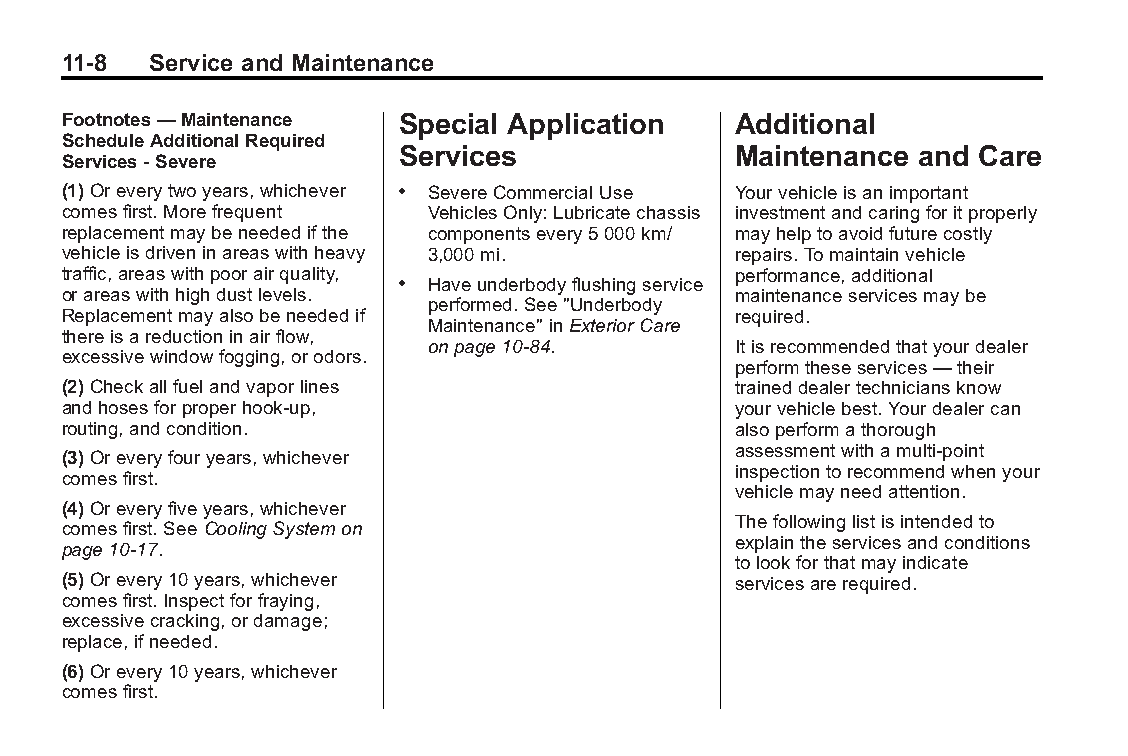
Buick LaCrosse Owner Manual (GMNA-Localizing-U.S./Canada/Mexico- Blackplate(8,1)
 6043609)-2014-2ndEdition-10/17/13
 11-8  Service and Maintenance
 Footnotes—Maintenance Special Application   Additional
 ScheduleAdditionalRequired
 Services              Maintenance and Care
 Services-Severe
 (1)Oreverytwoyears,whichever . SevereCommercialUse Yourvehicleisanimportant
 comesfirst.Morefrequent VehiclesOnly:Lubricatechassis investmentandcaringforitproperly
 replacementmaybeneededifthe componentsevery5000km/ mayhelptoavoidfuturecostly
 vehicleisdriveninareaswithheavy 3,000mi.    repairs.Tomaintainvehicle
 traffic,areaswithpoorairquality,            performance,additional
 . Haveunderbodyflushingservice
 orareaswithhighdustlevels.                  maintenanceservicesmaybe
 performed.See"Underbody
 Replacementmayalsobeneededif                required.
 Maintenance"inExteriorCare
 thereisareductioninairflow,
 onpage10-84.        Itisrecommendedthatyourdealer
 excessivewindowfogging,orodors.
 performtheseservices—their
 (2)Checkallfuelandvaporlines                traineddealertechniciansknow
 andhosesforproperhook-up,                   yourvehiclebest.Yourdealercan
 routing,andcondition.                       alsoperformathorough
 assessmentwithamulti-point
 (3)Oreveryfouryears,whichever
 inspectiontorecommendwhenyour
 comesfirst.
 vehiclemayneedattention.
 (4)Oreveryfiveyears,whichever
 Thefollowinglistisintendedto
 comesfirst.SeeCoolingSystemon
 explaintheservicesandconditions
 page10-17.
 tolookforthatmayindicate
 (5)Orevery10years,whichever                 servicesarerequired.
 comesfirst.Inspectforfraying,
 excessivecracking,ordamage;
 replace,ifneeded.
 (6)Orevery10years,whichever
 comesfirst.